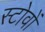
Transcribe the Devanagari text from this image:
स्टोवों